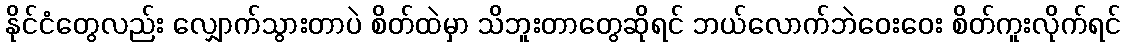
နိုင်ငံတွေလည်း လျှောက်သွားတာပဲ စိတ်ထဲမှာ သိဘူးတာတွေဆိုရင် ဘယ်လောက်ဘဲဝေးဝေး စိတ်ကူးလိုက်ရင်